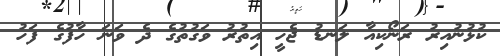
ކުޅުނުއިރު ރަނޯކިއާ ލަނޑު ޖެހީ އިތުރު ވަގުތުގެ ދެ ވަނަ ހާފުގެ ފަހު